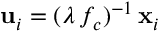
\mathbf { u } _ { i } = ( \lambda \, f _ { c } ) ^ { - 1 } \, \mathbf { x } _ { i }